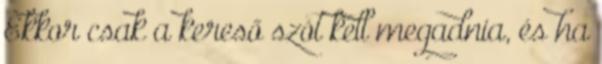
Ekkor csak a kereső szót kell megadnia, és ha